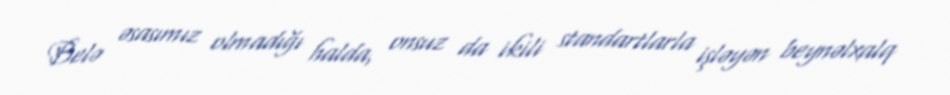
Belə əsasımız olmadığı halda, onsuz da ikili standartlarla işləyən beynəlxalq